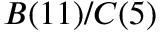
B ( 1 1 ) / C ( 5 )